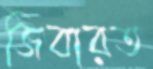
জিবারত